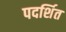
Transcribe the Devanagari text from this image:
पदर्शित